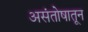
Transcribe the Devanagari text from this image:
असंतोषातून